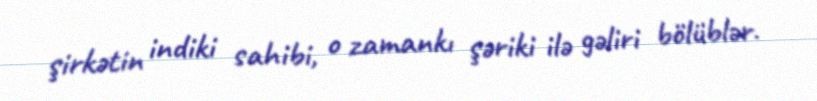
şirkətin indiki sahibi, o zamankı şəriki ilə gəliri bölüblər.